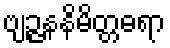
ဗျဉ္ဇနနိမိတ္တဓရာ